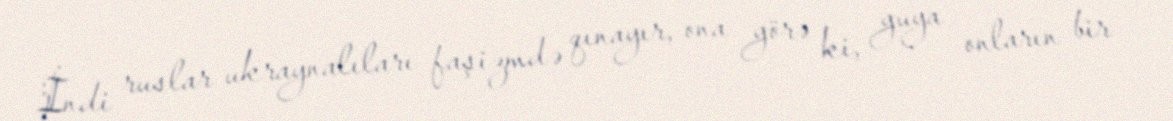
İndi ruslar ukraynalıları faşizmdə qınayır, ona görə ki, guya onların bir